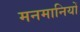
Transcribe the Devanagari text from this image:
मनमानियों